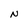
Character: N